Plague in India, 1896, 1897 - Volume 3
Year: 1896
Disease focus: Plague
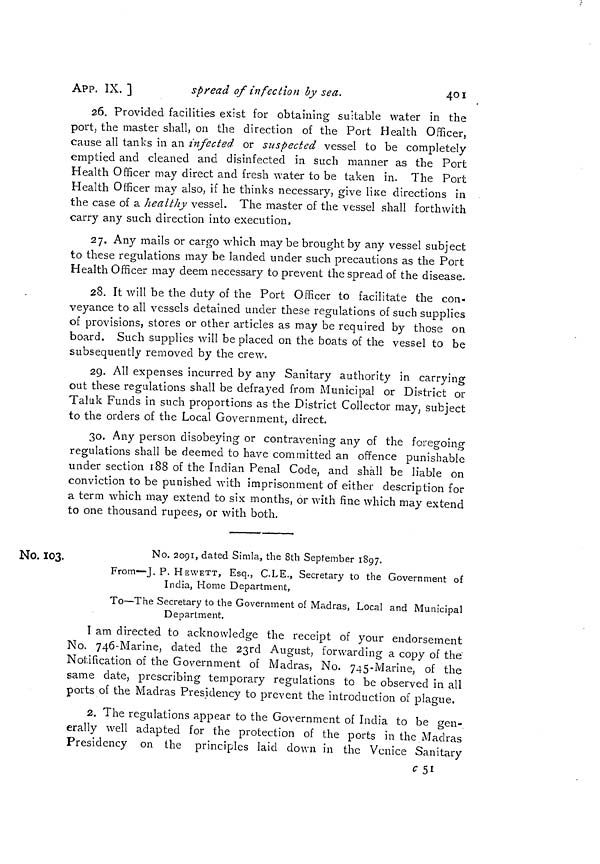
401
APP. IX. ]
spread of infection by sea.
26. Provided facilities exist for obtaining suitable water in the
port, the master shall, on the direction of the Port Health Officer,
cause all tanks in an infected or suspected vessel to be completely
emptied and cleaned and disinfected in such manner as the Port
Health Officer may direct and fresh water to be taken in. The Port
Health Officer may also, if he thinks necessary, give like directions in
the case of a healthy vessel. The master of the vessel shall forthwith
carry any such direction into execution,
27. Any mails or cargo which may be brought by any vessel subject
to these regulations may be landed under such precautions as the Port
Health Officer may deem necessary to prevent the spread of the disease.
28. It will be the duty of the Port Officer to facilitate the con-
veyance to all vessels detained under these regulations of such supplies
of provisions, stores or other articles as may be required by those on
board. Such supplies will be placed on the boats of the vessel to be
subsequently removed by the crew.
29. All expenses incurred by any Sanitary authority in carrying
out these regulations shall be defrayed from Municipal or District or
Taluk Funds in such proportions as the District Collector may, subject
to the orders of the Local Government, direct.
30. Any person disobeying or contravening any of the foregoing
regulations shall be deemed to have committed an offence punishable
under section 188 of the Indian Penal Code, and shall be liable on
conviction to be punished with imprisonment of either description for
a term which may extend to six months, or with fine which may extend
to one thousand rupees, or with both.
No. 103.
No. 2091, dated Simla, the 8th September 1897.
From—J. P. HEWETT, Esq., C.LE., Secretary to the Government of
India, Home Department,
To—The Secretary to the Government of Madras, Local and Municipal
Department.
I am directed to acknowledge the receipt of your endorsement
No. 746-Marine, dated the 23rd August, forwarding a copy of the"
Notification of the Government of Madras, No. 745-Marine, of the
same date, prescribing temporary regulations to be observed in all
ports of the Madras Presidency to prevent the introduction of plague.
2. The regulations appear to the Government of India to be gen-
erally well adapted for the protection of the ports in the Madras
Presidency on the principles laid down in the Venice Sanitary
c5i